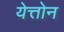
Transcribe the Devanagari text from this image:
येत्तोन